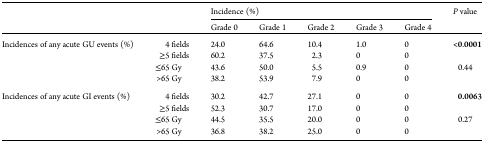
<table><thead><tr><td></td><td></td><td colspan="5"><b>Incidence (%)</b></td><td rowspan="2"><b><i>P</i> value</b></td></tr><tr><td></td><td></td><td><b>Grade 0</b></td><td><b>Grade 1</b></td><td><b>Grade 2</b></td><td><b>Grade 3</b></td><td><b>Grade 4</b></td></tr></thead><tbody><tr><td rowspan="4">Incidences of any acute GU events (%)</td><td>4 fields</td><td>24.0</td><td>64.6</td><td>10.4</td><td>1.0</td><td>0</td><td rowspan="2"><b>&lt;0</b>.<b>0001</b></td></tr><tr><td>≥5 fields</td><td>60.2</td><td>37.5</td><td>2.3</td><td>0</td><td>0</td></tr><tr><td>≤65 Gy</td><td>43.6</td><td>50.0</td><td>5.5</td><td>0.9</td><td>0</td><td rowspan="2">0.44</td></tr><tr><td>&gt;65 Gy</td><td>38.2</td><td>53.9</td><td>7.9</td><td>0</td><td>0</td></tr><tr><td rowspan="4">Incidences of any acute GI events (%)</td><td>4 fields</td><td>30.2</td><td>42.7</td><td>27.1</td><td>0</td><td>0</td><td rowspan="2"><b>0.0063</b></td></tr><tr><td>≥5 fields</td><td>52.3</td><td>30.7</td><td>17.0</td><td>0</td><td>0</td></tr><tr><td>≤65 Gy</td><td>44.5</td><td>35.5</td><td>20.0</td><td>0</td><td>0</td><td rowspan="2">0.27</td></tr><tr><td>&gt;65 Gy</td><td>36.8</td><td>38.2</td><td>25.0</td><td>0</td><td>0</td></tr></tbody></table>